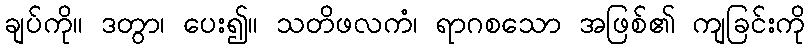
ချပ်ကို။ ဒတွာ၊ ပေး၍။ သတိဖလကံ၊ ရာဂစသော အဖြစ်၏ ကျခြင်းကို